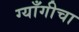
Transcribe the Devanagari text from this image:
ग्याँगीचा